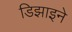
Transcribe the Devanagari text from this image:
डिझाइने